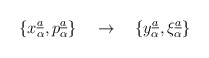
\begin{align*}\{ x_{\alpha}\sp{\underline{a}}, p_{\alpha}\sp{\underline{a}}\}\quad \rightarrow\quad \{ y_{\alpha}\sp{\underline{a}}, \xi_{\alpha}\sp{\underline{a}}\}\end{align*}